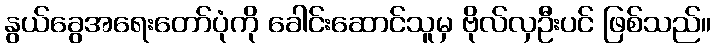
နွယ်ခွေအရေးတော်ပုံကို ခေါင်းဆောင်သူမှ ဗိုလ်လှဦးပင် ဖြစ်သည်။